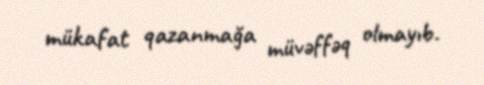
mükafat qazanmağa müvəffəq olmayıb.